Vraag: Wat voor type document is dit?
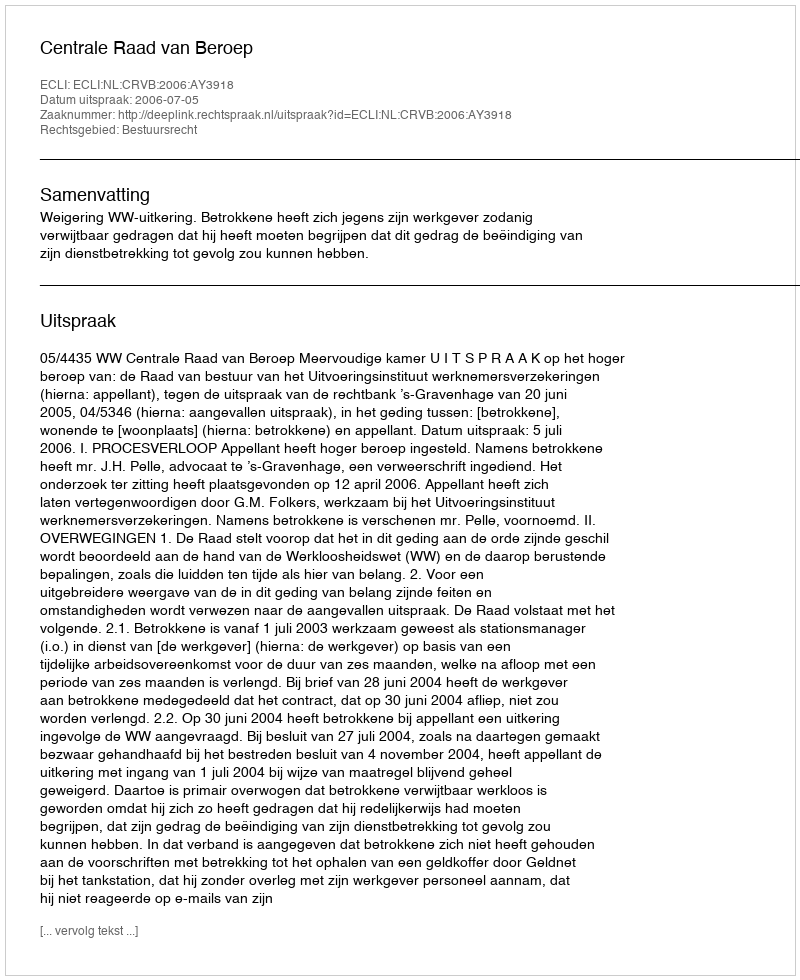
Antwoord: Uitspraak